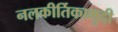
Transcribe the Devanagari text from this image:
नलकीर्तिकामुदी